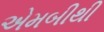
એમબીથી